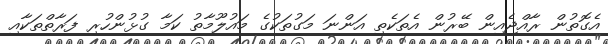
އެގޮތުން ރާއްޖެއިން ބޭރުން އެތަކެތި އަންނަ މަގުތަކުގެ މައުލޫމާތު ކަމާ ގުޅުންހުރި ފަރާތްތަކާއި